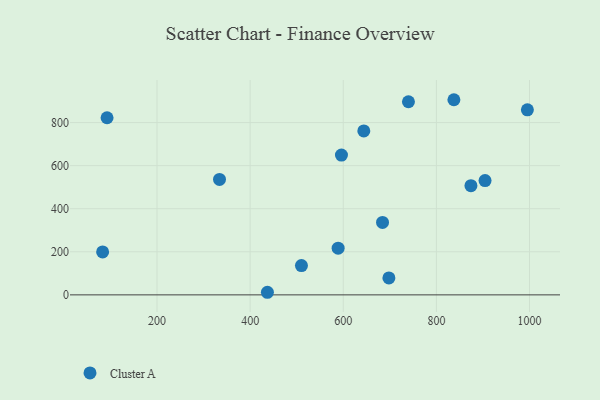
{"axis": {"x": "Experience", "y": "Yield"}, "legend": ["Cluster A"], "data": [{"x": "644.1", "y": 761.4, "type": "Cluster A"}, {"x": "837.6", "y": 906.2, "type": "Cluster A"}, {"x": "684.3", "y": 336.6, "type": "Cluster A"}, {"x": "437.1", "y": 12.0, "type": "Cluster A"}, {"x": "92.7", "y": 822.6, "type": "Cluster A"}, {"x": "83.2", "y": 199.6, "type": "Cluster A"}, {"x": "904.5", "y": 530.9, "type": "Cluster A"}, {"x": "510.2", "y": 136.2, "type": "Cluster A"}, {"x": "698.0", "y": 78.5, "type": "Cluster A"}, {"x": "740.0", "y": 896.8, "type": "Cluster A"}, {"x": "589.0", "y": 216.9, "type": "Cluster A"}, {"x": "334.2", "y": 536.2, "type": "Cluster A"}, {"x": "874.2", "y": 507.2, "type": "Cluster A"}, {"x": "596.1", "y": 649.0, "type": "Cluster A"}, {"x": "995.4", "y": 859.1, "type": "Cluster A"}]}